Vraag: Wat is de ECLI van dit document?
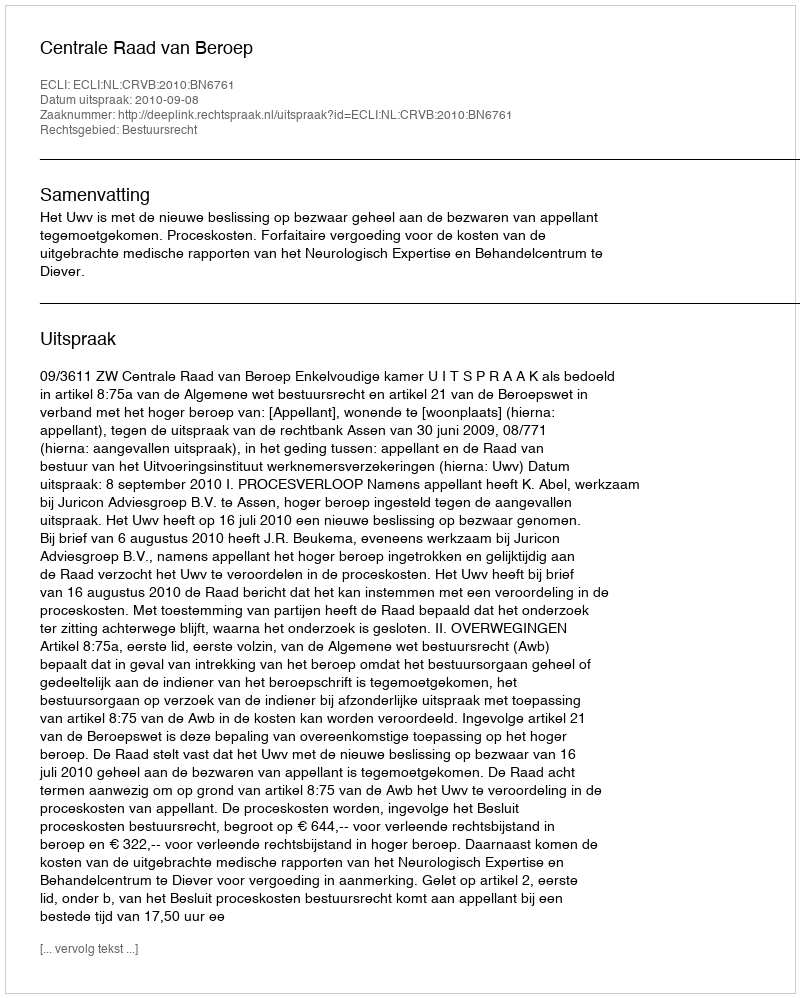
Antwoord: ECLI:NL:CRVB:2010:BN6761